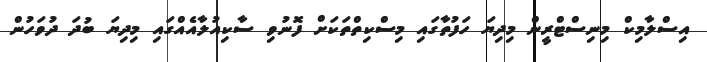
އިސްލާމިކް މިނިސްޓްރީން މިދިޔަ ހަފުތާގައި މިސްކިތްތަކަށް ފޮނުވި ސާކިއުލާއެއްގައި މިދިޔަ ބުދަ ދުވަހުން